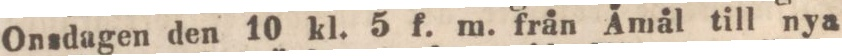
Onsdagen den 10 kl. 5 f. m. från Åmål till nya